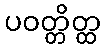
ပဝတ္တိတ္ထ